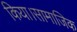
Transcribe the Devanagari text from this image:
किया।सामाजिक